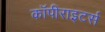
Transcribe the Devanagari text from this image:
कॉपीराइटर्स